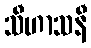
သီဟာသနီ